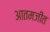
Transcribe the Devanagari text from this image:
आतमजीत